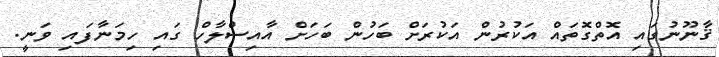
ޤާނޫނުގައި އޮތްގޮތައް އަކުރުން އަކުރަށް ބަހުން ބަހަށް އާއިސްލާހް ގައި ހިމަނާފައި ވަނީ.